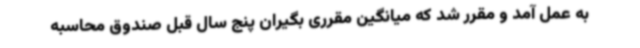
به عمل آمد و مقرر شد که میانگین مقرری بگیران پنج سال قبل صندوق محاسبه